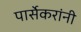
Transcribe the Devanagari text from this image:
पार्सेकरांनी